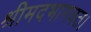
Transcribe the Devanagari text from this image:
श्रीमदभागवत।